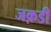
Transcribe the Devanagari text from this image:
जक़डी